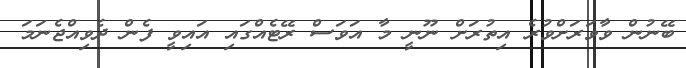
ބޭނުން ވާވަރަށްވުރެ އިތުރަށް ނޫނީ މާ އަވަސް ރޭޓެއްގައި އައިވީ ފެން ދެވިއްޖެނަމަ